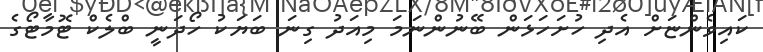
ކައިވެންޏަށް އެދި ހުށަހަޅަން ބޭނުންނަމަ މިއަދު ގިނަ ބަޔަކު ހޯދަނީ ބްލެކް ޓޮމާޓޯގެ